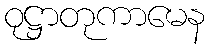
ဝုဋ္ဌာတုကာမေန